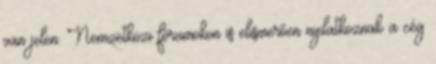
van jelen. Nemzetközi fórumokon is elismerően nyilatkoznak a cég